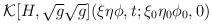
LaTeX: \begin{align*}{\cal K} [H,\sqrt{g}\sqrt{g}] (\xi \eta\phi,t;\xi _0\eta_0\phi_0,0) \hspace{3.0 in} \end{align*}